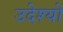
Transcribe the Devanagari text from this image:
उदेश्यो